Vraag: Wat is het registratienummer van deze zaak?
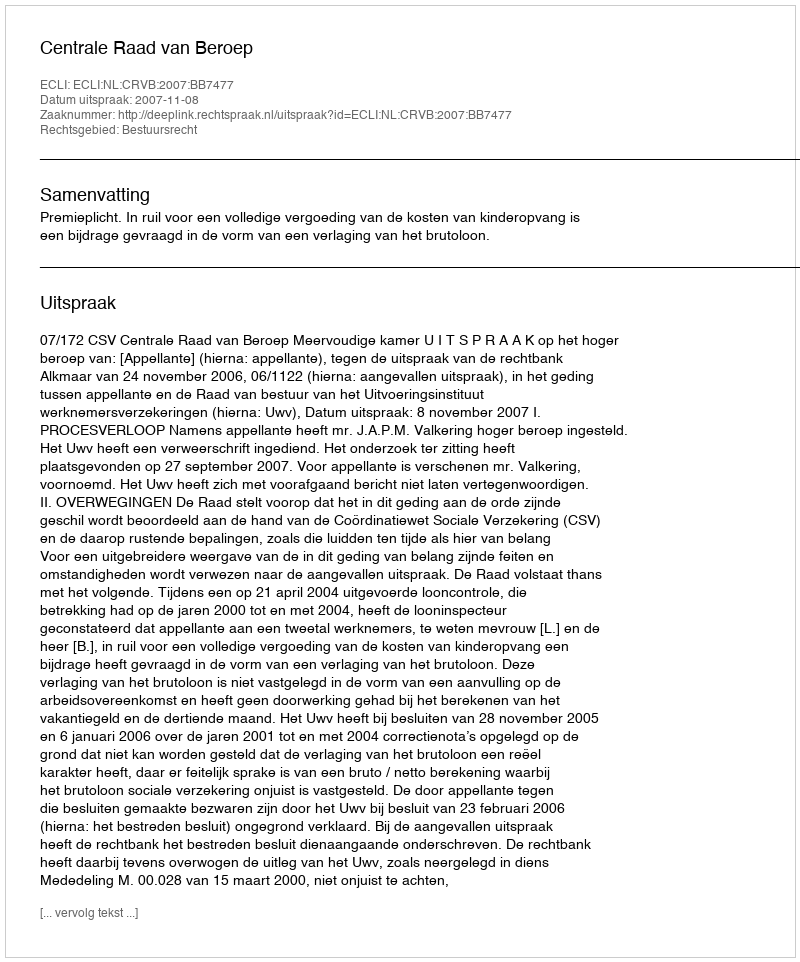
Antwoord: http://deeplink.rechtspraak.nl/uitspraak?id=ECLI:NL:CRVB:2007:BB7477